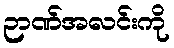
ဉာဏ်အလင်းကို